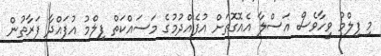
މި ފިލްމު ވީހާވެސް އަސްލާ އެއޮގޮތަށް އުފެއްދުމުގެ މަސައްކަތް ފިލްމު އުފައްދާ ފަރާތުން